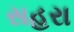
સહરા